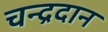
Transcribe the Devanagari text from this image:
चन्द्रदान